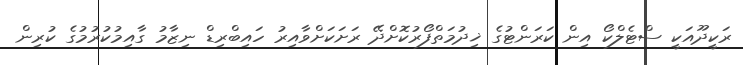
ރަކީދޫއަކީ ސްޓެލްކޯ އިން ކަރަންޓުގެ ޚިދުމަތްފޯރުކޮށްދޭ ރަށަކަށްވާއިރު ހައިބްރިޑް ނިޒާމު ގާއިމުކުރުމުގެ ކުރިން